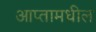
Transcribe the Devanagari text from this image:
आप्तामधील